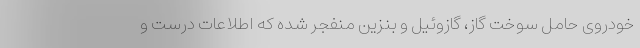
خودروی حامل سوخت گاز، گازوئیل و بنزین منفجر شده که اطلاعات درست و